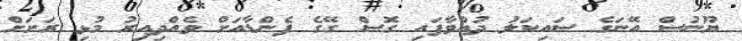
ޔޫނުސް އޭނަގެ ސައިކަލު ދުއްވާފައި ގޮސް ގޭގެ ފެންޑާއަށް ވެއްދިއިރު މުޅި ރަށަށް